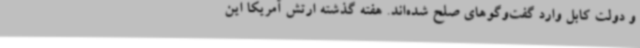
و دولت کابل وارد گفت‌وگوهای صلح شده‌اند. هفته گذشته ارتش آمریکا این